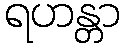
ရဟန္တာ